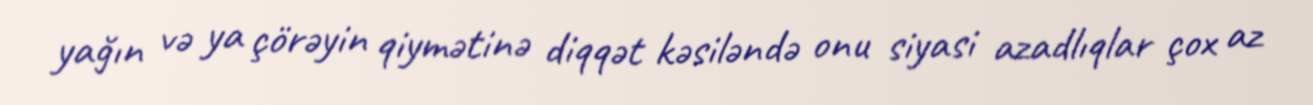
yağın və ya çörəyin qiymətinə diqqət kəsiləndə onu siyasi azadlıqlar çox az